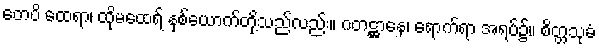
တေပိ ထေရာ၊ ထိုမထေရ် နှစ်ယောက်တို့သည်လည်း။ ဂတဋ္ဌာနေ၊ ရောက်ရာ အရပ်၌။ စိတ္တသုခံ